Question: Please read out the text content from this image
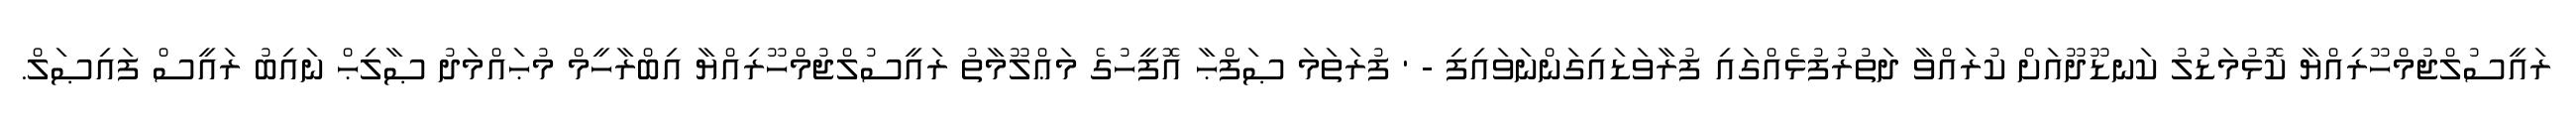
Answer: ރައީސުލްޖުމްހޫރިއްޔާ ކޮޅުމަޑުލު ކަނޑޫދޫއަށް ކުރައްވާ ދަތުރުފުޅެއްގައި ފުރާވަޑައިގަންނަވައިފި - ' ފުރަތަމަ ޞަފްޙާ އޮފީހުގެ މަޢްލޫމާތު ރައީސުލްޖުމްހޫރިއްޔާ އިބްރާހީމް މުޙައްމަދު ޞާލިޙް ނައިބު ރައީސް ފައިޞަލް.